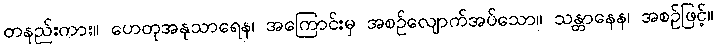
တနည်းကား။ ဟေတုအနုသာရေန၊ အကြောင်းမှ အစဉ်လျောက်အပ်သော။ သန္တာနေန၊ အစဉ်ဖြင့်။